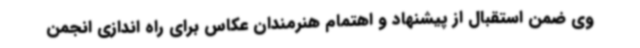
وی ضمن استقبال از پیشنهاد و اهتمام هنرمندان عکاس برای راه اندازی انجمن